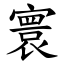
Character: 寰